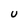
Character: U